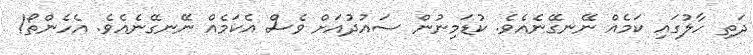
ދަތި ހާލުގައި ކަމެއް ނޭނގޭނެއެވެ. ކުޑަމިނުން ސައުދުއަށް ވެސް އެކަމެއް ނޭނގޭނެއެވެ. އެހެންތޯ!